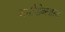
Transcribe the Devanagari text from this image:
अमीनोब्लास्ट